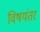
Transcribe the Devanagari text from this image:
विषयंतर